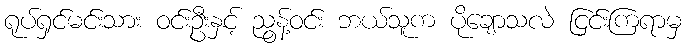
ရုပ်ရှင်မင်းသား ဝင်းဦးနှင့် ညွန့်ဝင်း ဘယ်သူက ပိုချောသလဲ ငြင်းကြရာမှ